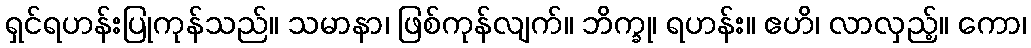
ရှင်ရဟန်းပြုကုန်သည်။ သမာနာ၊ ဖြစ်ကုန်လျက်။ ဘိက္ခု၊ ရဟန်း။ ဧဟိ၊ လာလှည့်။ ကော၊